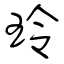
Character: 玲